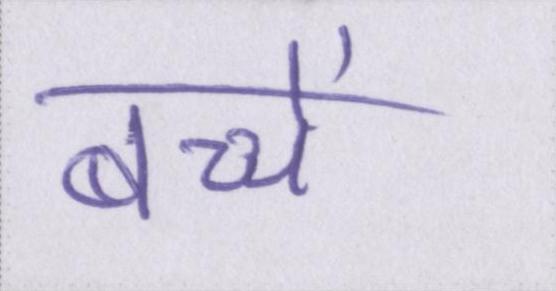
बच्चें